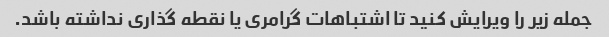
جمله زیر را ویرایش کنید تا اشتباهات گرامری یا نقطه گذاری نداشته باشد.